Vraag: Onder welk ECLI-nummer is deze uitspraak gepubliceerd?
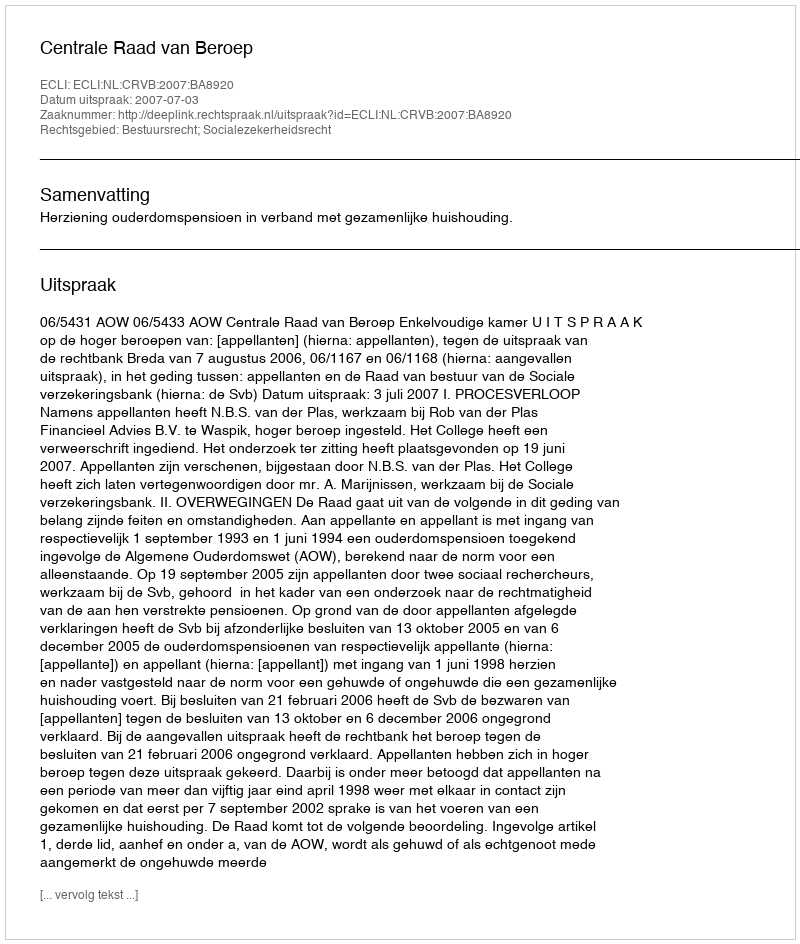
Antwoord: ECLI:NL:CRVB:2007:BA8920